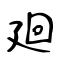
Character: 廻